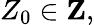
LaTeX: Z_{0}\in\mathbf{Z},